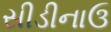
સીડીનાઉ